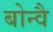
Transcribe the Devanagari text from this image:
बोन्वै